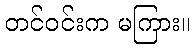
တင်ဝင်းက မကြား။